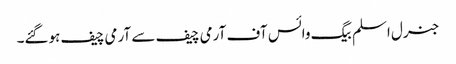
جنرل اسلم بیگ وائس آف آرمی چیف سے آرمی چیف ہوگئے۔